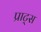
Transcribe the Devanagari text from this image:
प्राट्स